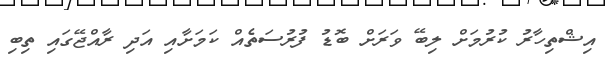
އިޝްތިހާރު ކުރުމަށް ލިބޭ ވަރަށް ބޮޑު ފުރުސަތެއް ކަމަށާއި އަދި ރާއްޖޭގައި ތިބި